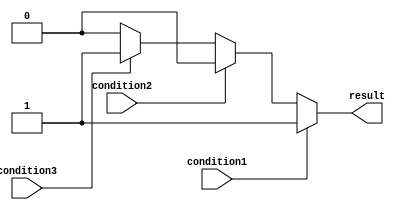
module if_else_structure (
    input wire condition1,
    input wire condition2,
    input wire condition3,
    output reg result
);

always @* begin
    if (condition1) begin
        // Code block for condition1 being true
        result = 1;
    end
    else if (condition2) begin
        // Code block for condition2 being true
        result = 2;
    end
    else if (condition3) begin
        // Code block for condition3 being true
        result = 3;
    end
    else begin
        // Code block if none of the conditions are met
        result = 0;
    end
end

endmodule